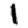
Digit: 1